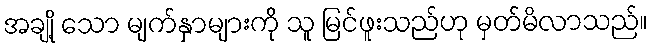
အချို့ သော မျက်နှာများကို သူ မြင်ဖူးသည်ဟု မှတ်မိလာသည်။